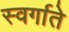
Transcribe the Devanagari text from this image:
स्वर्गाते